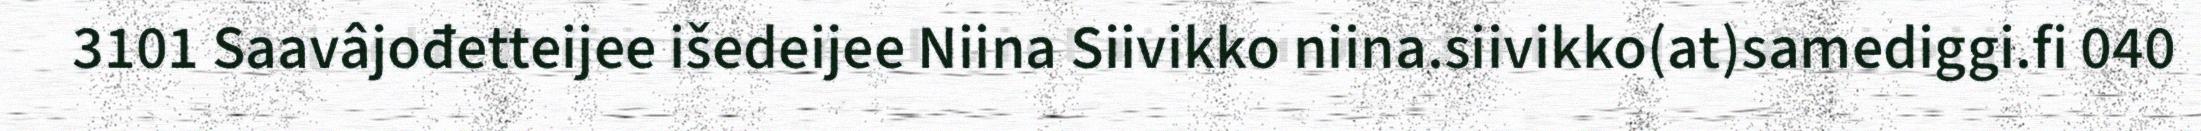
3101 Saavâjođetteijee išedeijee Niina Siivikko niina.siivikko(at)samediggi.fi 040